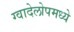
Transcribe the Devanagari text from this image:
ग्वादेलोपमध्ये